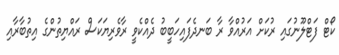
ކޯޓް ފަޓްލޫނުގައި ރުކަށް އަރުއްވާ ރާ ބަނދެފައިހަބީބު ދެއްކެވީ ރާވެރިޔަކަސް ރައްޔިތުންގެ އިތުބާރާއި